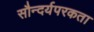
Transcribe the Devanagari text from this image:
सौन्दर्यपरकता